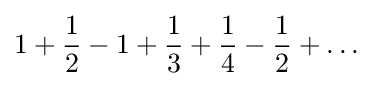
1+{\frac {1}{2}}-1+{\frac {1}{3}}+{\frac {1}{4}}-{\frac {1}{2}}+\dots